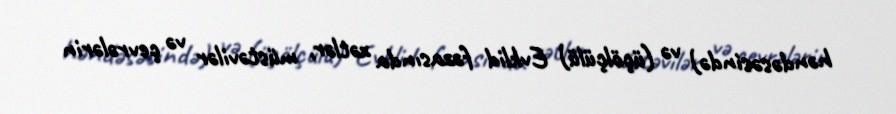
həndəsəsində) və (üçölçülü) Evklid fəzasında xətlər, müstəvilər və çevrələrin